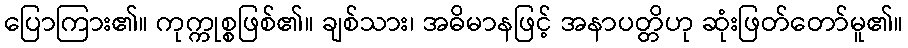
ပြောကြား၏။ ကုက္ကုစ္စဖြစ်၏။ ချစ်သား၊ အဓိမာနဖြင့် အနာပတ္တိဟု ဆုံးဖြတ်တော်မူ၏။